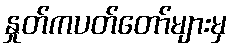
နှုတ်ကပတ်တော်များမှ